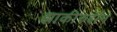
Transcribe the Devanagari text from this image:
झाकीरुद्दीन